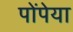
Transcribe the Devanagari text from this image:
पोंपेया